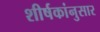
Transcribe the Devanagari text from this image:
शीर्षकांनुसार